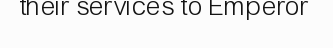
their services to Emperor